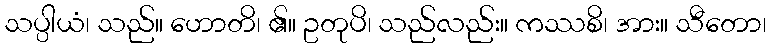
သပ္ပါယံ၊ သည်။ ဟောတိ၊ ၏။ ဥတုပိ၊ သည်လည်း။ ကဿစိ၊ အား။ သီတော၊